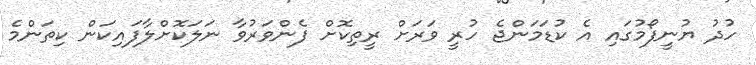
ހުދު ޔުނީފޯމުގައި އެ ކުޑަމަންޖެ ހުރީ ވަރަށް ރީތިކޮށް ފެންވަރުވާ ނަލަކޮށްލާފައިކަން ކިތަންމެ